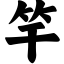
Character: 竿